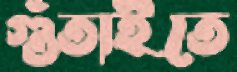
গুঁতাইতে